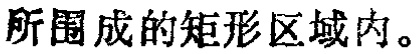
所围成的矩形区域内。